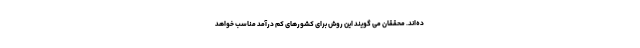
ده‌اند. محققان می گویند این روش برای کشورهای کم درآمد مناسب خواهد